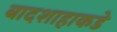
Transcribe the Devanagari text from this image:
बादशाहाकडे